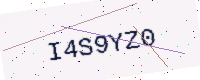
Text: I4S9YZ0